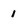
Character: 1